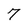
Character: 7